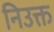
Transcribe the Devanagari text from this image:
निउक्त